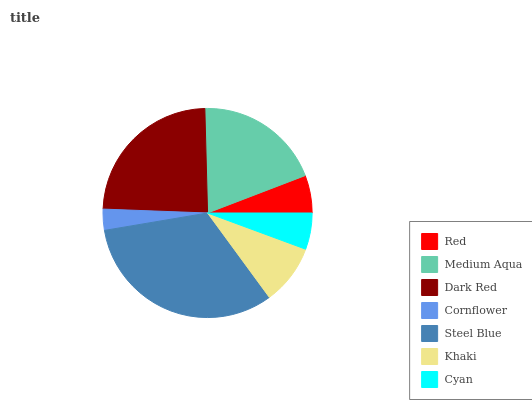
| Red | Medium Aqua | Dark Red | Cornflower | Steel Blue | Khaki | Cyan |
 | --- | --- | --- | --- | --- | --- | --- |
 | 5.82% | 19.6% | 24% | 3.24% | 32.4% | 9.3% | 5.61% |